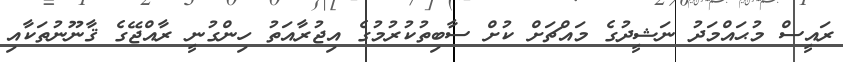
ރައީސް މުޙައްމަދު ނަޝީދުގެ މައްޗަށް ކުށް ސާބިތުކުރުމުގެ އިޖުރާއަތު ހިންގުނީ ރާއްޖޭގެ ޤާނޫނުތަކާއި